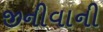
જીનીવાની